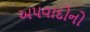
અપવાદોનો